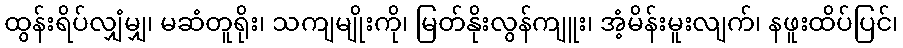
ထွန်းရိပ်လျှံမျှ၊ မဆံတူရိုး၊ သကျမျိုးကို၊ မြတ်နိုးလွန်ကျူး၊ အံ့မိန်းမူးလျက်၊ နဖူးထိပ်ပြင်၊